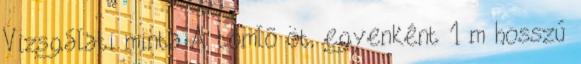
Vizsgálati minta A tömlõ öt, egyenként 1 m hosszú